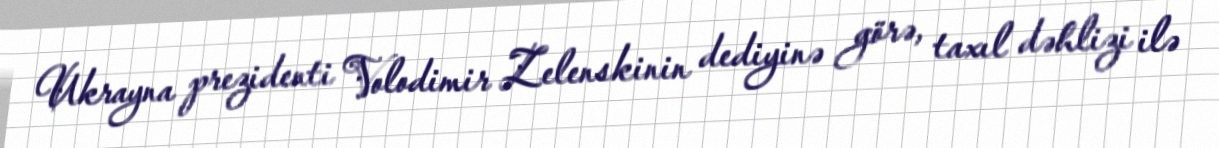
Ukrayna prezidenti Volodimir Zelenskinin dediyinə görə, taxıl dəhlizi ilə